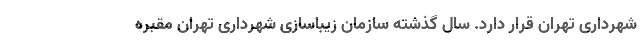
شهرداری تهران قرار دارد. سال گذشته سازمان زیباسازی شهرداری تهران مقبره